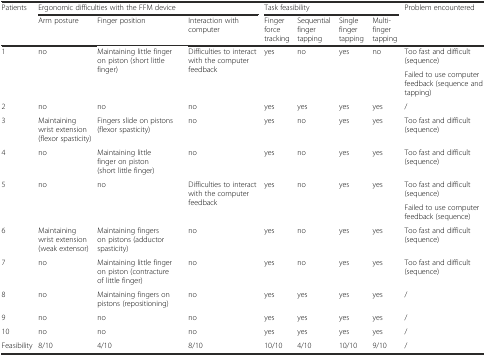
| <ROWSPAN=2> Patients | <COLSPAN=3> Ergonomic difficulties with the FFM device | <COLSPAN=4> Task feasibility | <ROWSPAN=2> Problem encountered |
 | Arm posture | Finger position | Interaction with computer | Finger force tracking | Sequential finger tapping | Single finger tapping | Multi-finger tapping |
 | --- | --- | --- | --- | --- | --- | --- | --- | --- |
 | <ROWSPAN=2> 1 | <ROWSPAN=2> no | <ROWSPAN=2> Maintaining little finger on piston (short little finger) | <ROWSPAN=2> Difficulties to interact with the computer feedback | <ROWSPAN=2> yes | <ROWSPAN=2> no | <ROWSPAN=2> yes | <ROWSPAN=2> no | Too fast and difficult (sequence) |
 | Failed to use computer feedback (sequence and tapping) |
 | 2 | no | no | no | yes | yes | yes | yes | / |
 | 3 | Maintaining wrist extension (flexor spasticity) | Fingers slide on pistons (flexor spasticity) | no | yes | no | yes | yes | Too fast and difficult (sequence) |
 | 4 | no | Maintaining little finger on piston (short little finger) | no | yes | no | yes | yes | Too fast and difficult (sequence) |
 | <ROWSPAN=2> 5 | <ROWSPAN=2> no | <ROWSPAN=2> no | <ROWSPAN=2> Difficulties to interact with the computer feedback | <ROWSPAN=2> yes | <ROWSPAN=2> no | <ROWSPAN=2> yes | <ROWSPAN=2> yes | Too fast and difficult (sequence) |
 | Failed to use computer feedback (sequence) |
 | 6 | Maintaining wrist extension (weak extensor) | Maintaining fingers on pistons (adductor spasticity) | no | yes | no | yes | yes | Too fast and difficult (sequence) |
 | 7 | no | Maintaining little finger on piston (contracture of little finger) | no | yes | no | yes | yes | Too fast and difficult (sequence) |
 | 8 | no | Maintaining fingers on pistons (repositioning) | no | yes | yes | yes | yes | / |
 | 9 | no | no | no | yes | yes | yes | yes | / |
 | 10 | no | no | no | yes | yes | yes | yes | / |
 | Feasibility | 8/10 | 4/10 | 8/10 | 10/10 | 4/10 | 10/10 | 9/10 | / |